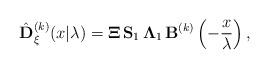
LaTeX: \begin{align*} \hat{\bf D}_\xi^{(k) } (x|\lambda)= {\bf \Xi \, S}_1 \, {\bf \Lambda }_1 \, {\bf B}^{(k)} \left(-\frac{x}{\lambda} \right),\end{align*}